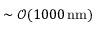
\sim \mathcal { O } ( 1 0 0 0 \, \mathrm { n m } )